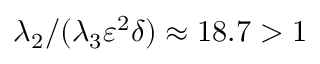
\lambda _ { 2 } / ( \lambda _ { 3 } \varepsilon ^ { 2 } \delta ) \approx 1 8 . 7 > 1